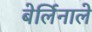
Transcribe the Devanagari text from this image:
बेर्लिनाले